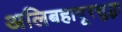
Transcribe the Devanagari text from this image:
अलिबहादूरसुद्धा